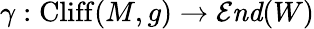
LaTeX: \gamma:\mathrm{Cliff}(M,g)\to{\mathcal{E}}{\mathit{nd}}(W)